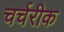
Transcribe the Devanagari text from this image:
चर्चरीक